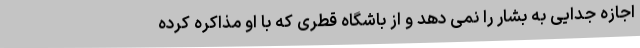
اجازه جدایی به بشار را نمی دهد و از باشگاه قطری که با او مذاکره کرده